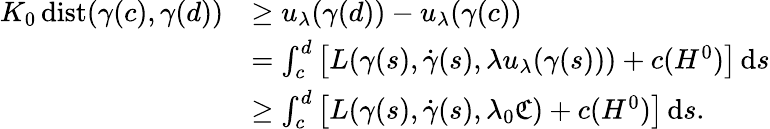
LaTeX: \begin{array}{rl}{K_{0}\, \mathrm{dist}(\gamma(c),\gamma(d))}&{\geq u_{\lambda}(\gamma(d))-u_{\lambda}(\gamma(c))}\\ &{=\int_{c}^{d}\big[L(\gamma(s),\dot{\gamma}(s),\lambda u_{\lambda}(\gamma(s)))+c(H^{0})\big]\, \mathrm{d}s}\\ &{\geq\int_{c}^{d}\big[L(\gamma(s),\dot{\gamma}(s),\lambda_{0}{\mathfrak C})+c(H^{0})\big]\, \mathrm{d}s.}\end{array}